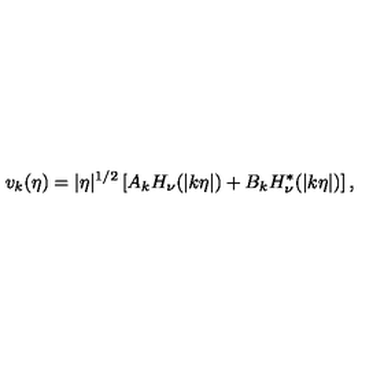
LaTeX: v _ { k } ( \eta ) = | \eta | ^ { 1 / 2 } \left[ A _ { k } H _ { \nu } ( | k \eta | ) + B _ { k } H _ { \nu } ^ { * } ( | k \eta | ) \right] ,